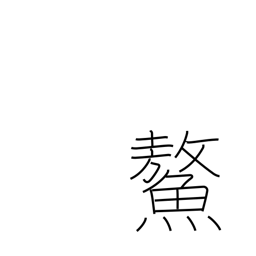
Meaning: huge sea turtle